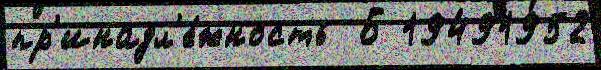
пр'инадл'е́жность  Б 19491952